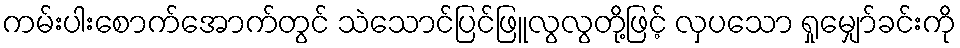
ကမ်းပါးစောက်အောက်တွင် သဲသောင်ပြင်ဖြူလွလွတို့ဖြင့် လှပသော ရှုမျှော်ခင်းကို